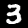
Digit: 3